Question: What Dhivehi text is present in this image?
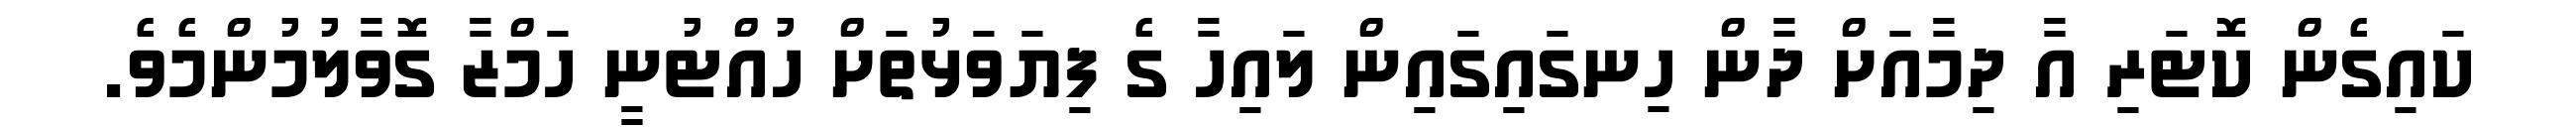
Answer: ކައިގެން ކޮޓަރި އާ ދިމާއަށް ދާން ހިނގައިގައިން ލައިހާ ގެ ފިޔަވަޅުތަށް ހުއްޓުނީ ހަމްޒާ ގޮވާލުމުންމެވެ.